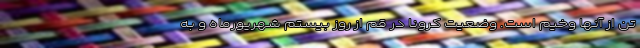
تَن از آنها وخیم است. وضعیت کرونا در قم از روز بیستم شهریورماه و به